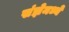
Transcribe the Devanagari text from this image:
संज्ञेमध्ये